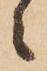
々